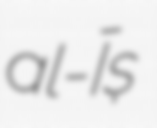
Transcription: al-ʿĪṣ